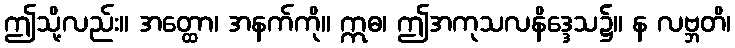
ဤသို့လည်း။ အတ္ထော၊ အနက်ကို။ ဣဓ၊ ဤအကုသလနိဒ္ဒေသ၌။ န လဗ္ဘတိ၊